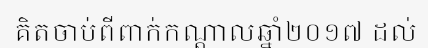
គិតចាប់ពីពាក់កណ្តាលឆ្នាំ២០១៧ ដល់